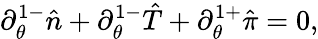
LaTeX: \partial_{\theta}^{1-}\hat{n}+\partial_{\theta}^{1-}\hat{T}+\partial_{\theta}^{1+}\hat{\pi}=0,